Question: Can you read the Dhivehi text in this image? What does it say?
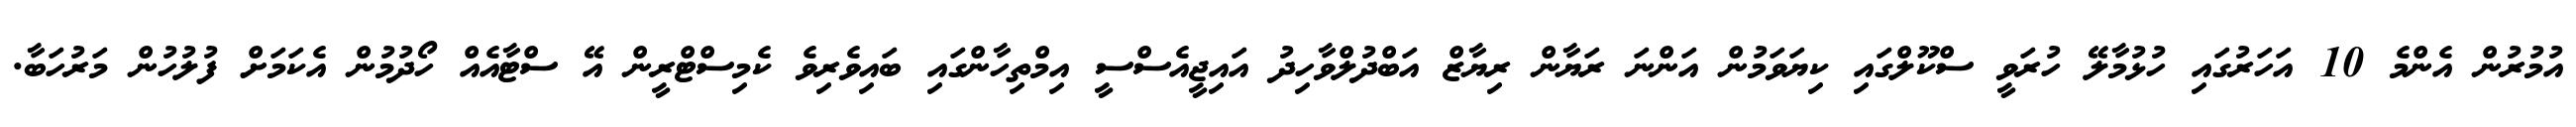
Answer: އުމުރުން އެންމެ 10 އަހަރުގައި ހުޅުމާލޭ ހުރަވީ ސްކޫލްގައި ކިޔަވަމުން އަންނަ ރަޔާން ރިޔާޒް އަބްދުލްވާހިދު އައިޖީއެސްސީ އިމްތިހާންގައި ބައިވެރިވެ ކެމިސްޓްރީން އޭ ސްޓާއެއް ހޯދުމުން އެކަމަށް ފުލުހުން މަރުހަބާ.